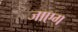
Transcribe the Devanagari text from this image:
जाएग